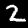
Digit: 2